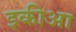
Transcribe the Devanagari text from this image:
इकीआ